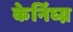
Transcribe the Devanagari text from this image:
केर्निघ्ग्न